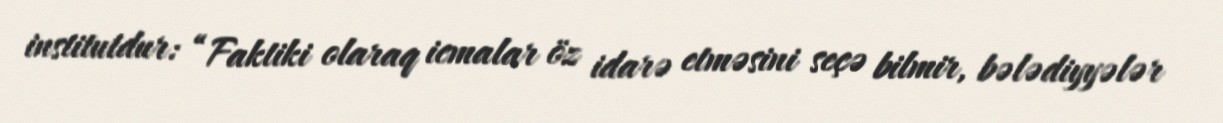
institutdur: “Faktiki olaraq icmalar öz idarə etməsini seçə bilmir, bələdiyyələr